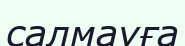
салмауға